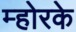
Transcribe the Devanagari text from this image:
म्होरके